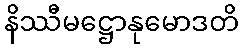
နိဿီမဋ္ဌောနုမောဒတိ